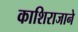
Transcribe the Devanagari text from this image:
काशिराजाने